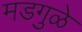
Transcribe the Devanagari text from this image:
मडगुळे